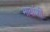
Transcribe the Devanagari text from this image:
भावांशी